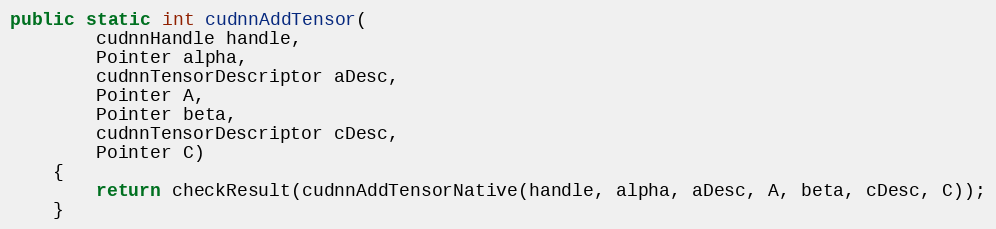
Language: Java
public static int cudnnAddTensor(
        cudnnHandle handle,
        Pointer alpha,
        cudnnTensorDescriptor aDesc,
        Pointer A,
        Pointer beta,
        cudnnTensorDescriptor cDesc,
        Pointer C)
    {
        return checkResult(cudnnAddTensorNative(handle, alpha, aDesc, A, beta, cDesc, C));
    }